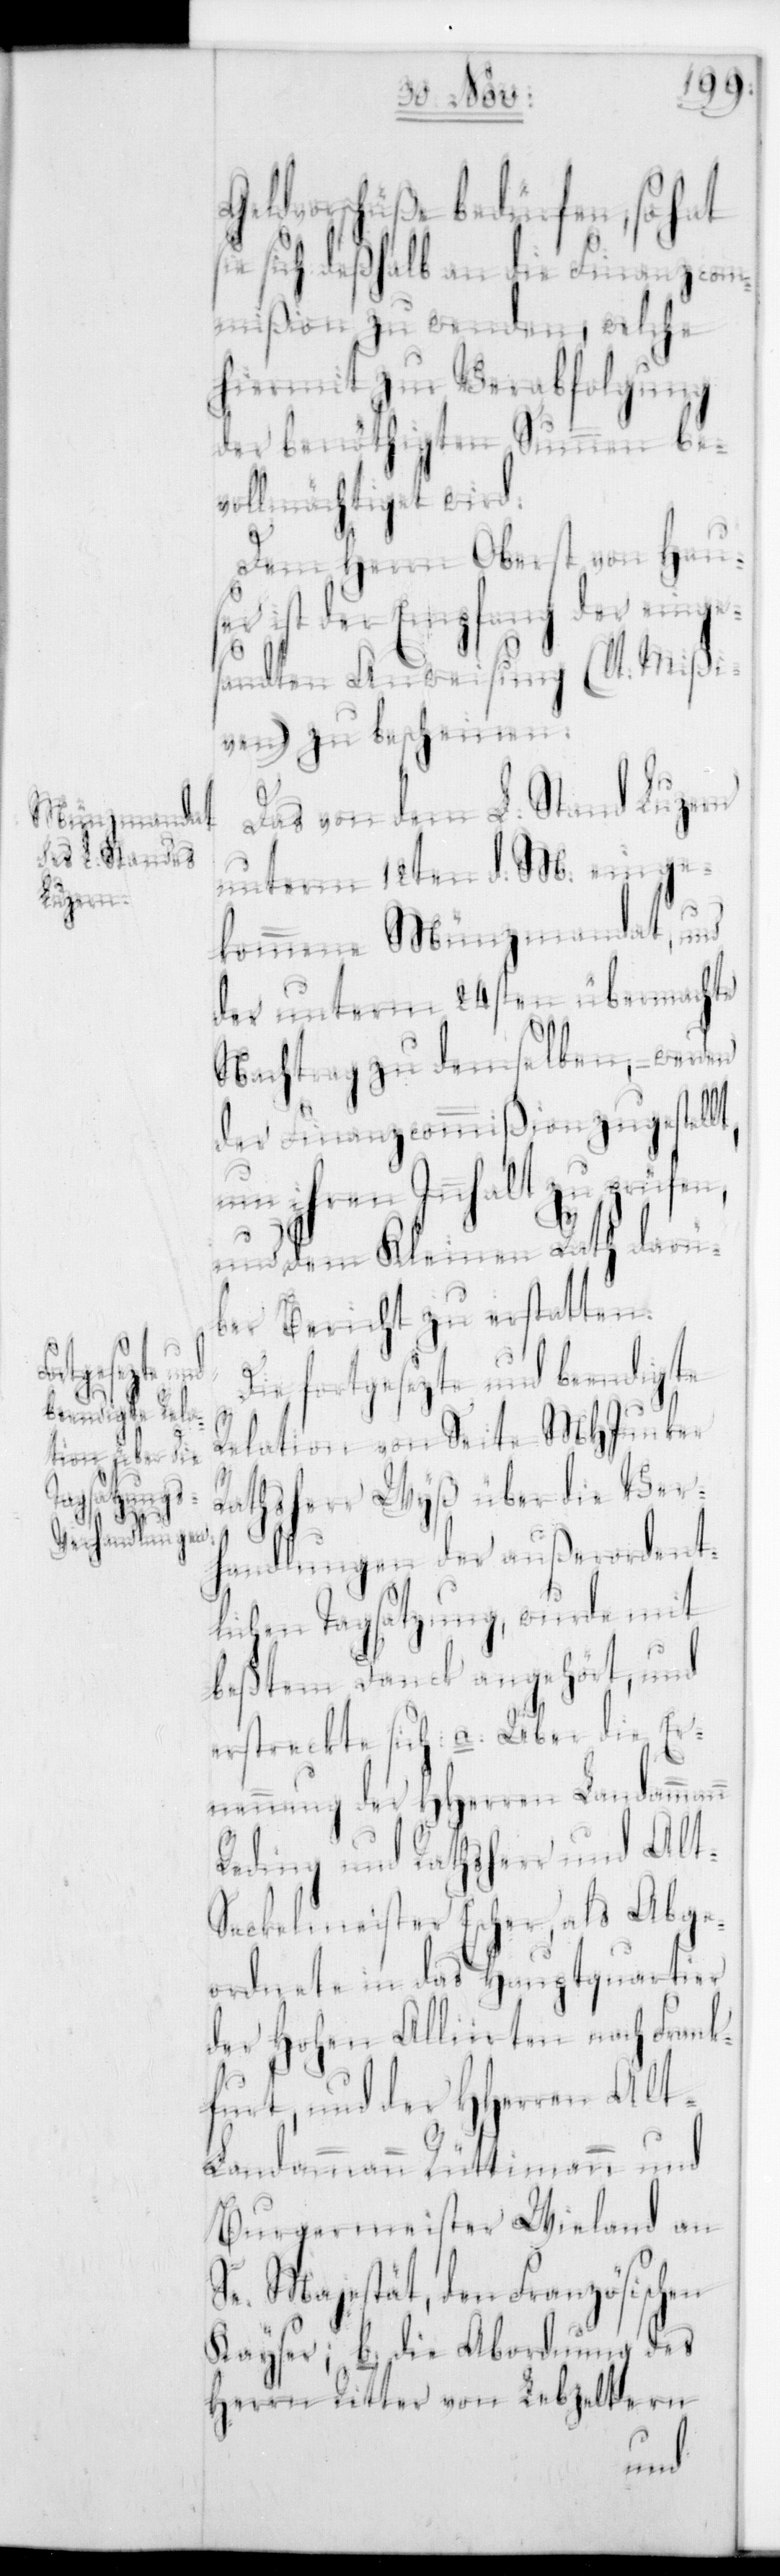
nn
Geldvorschüße bedürfen, so hat
sich deshalb an die Finanzcom¬
mißion zu wenden, welche
hiermit zur Verabfolgung
der benöthigten Summen bev¬
ollmächtiget wird.
t,
Dem Herrn Oberst von Haus¬
er ist der Empfang der einge¬
sandten Anweisung (laut Mißi¬
ven) zu bescheinen.
Das von dem L. Stand Luzern
unterm 12ten d. M. einge¬
kommene Münzmandat, und
der unterm 24sten übermachte
Nachtrag zu demselben, –
der Finanzcommißion zugestell¬
um ihren Innhalt zu prüfen,
und dem Kleinen Rath darü¬
ber Bericht zu erstatten.
Die fortgesetzte und beendigte
Relation von Seite Mh Junker
Rathsherr Wyß über die Ver¬
handlungen der außerordent¬
lichen Tagsatzung, wurde mit
bestem Dank angehört, und
erstreckte sich: a. Über die Ern¬
ennung der HHerren Landamma¬
Reding und Rathsherr und Alt-S¬
eckelmeister Escher als Abge¬
ordnete in das Hauptquartier
der Hohen Allierten nach Frank¬
furt, und der HHerren alt
Landammann Rüttimann und
Burgermeister Wieland an
Se. Majestät den Französischen
Kayser; b. die Abordnung des
Herrn Ritter von Lebzeltern